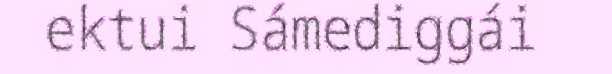
ektui Sámediggái